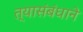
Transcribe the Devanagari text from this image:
त्यासंबंधाने